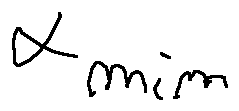
\alpha _ { m i n }